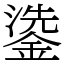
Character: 鍌